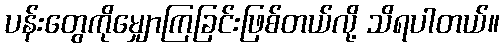
ပန်းတွေကိုမျှောကြခြင်းဖြစ်တယ်လို့ သိရပါတယ်။